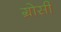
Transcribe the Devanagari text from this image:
ग्रोसी